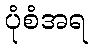
ပုံစံအရ